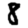
Digit: 8